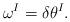
LaTeX: \begin{align*} \omega^I=\delta {\theta}^I.\end{align*}